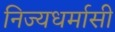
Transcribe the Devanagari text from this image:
निज्यधर्मासी